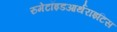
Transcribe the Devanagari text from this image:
रुमेटॉइडआर्थराइटिस